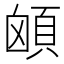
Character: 䪿